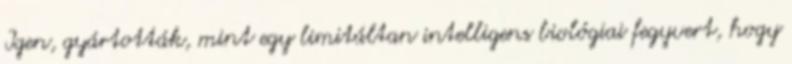
Igen, gyártották, mint egy limitáltan intelligens biológiai fegyvert, hogy